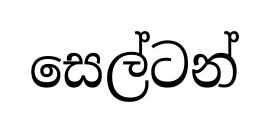
සෙල්ටන්